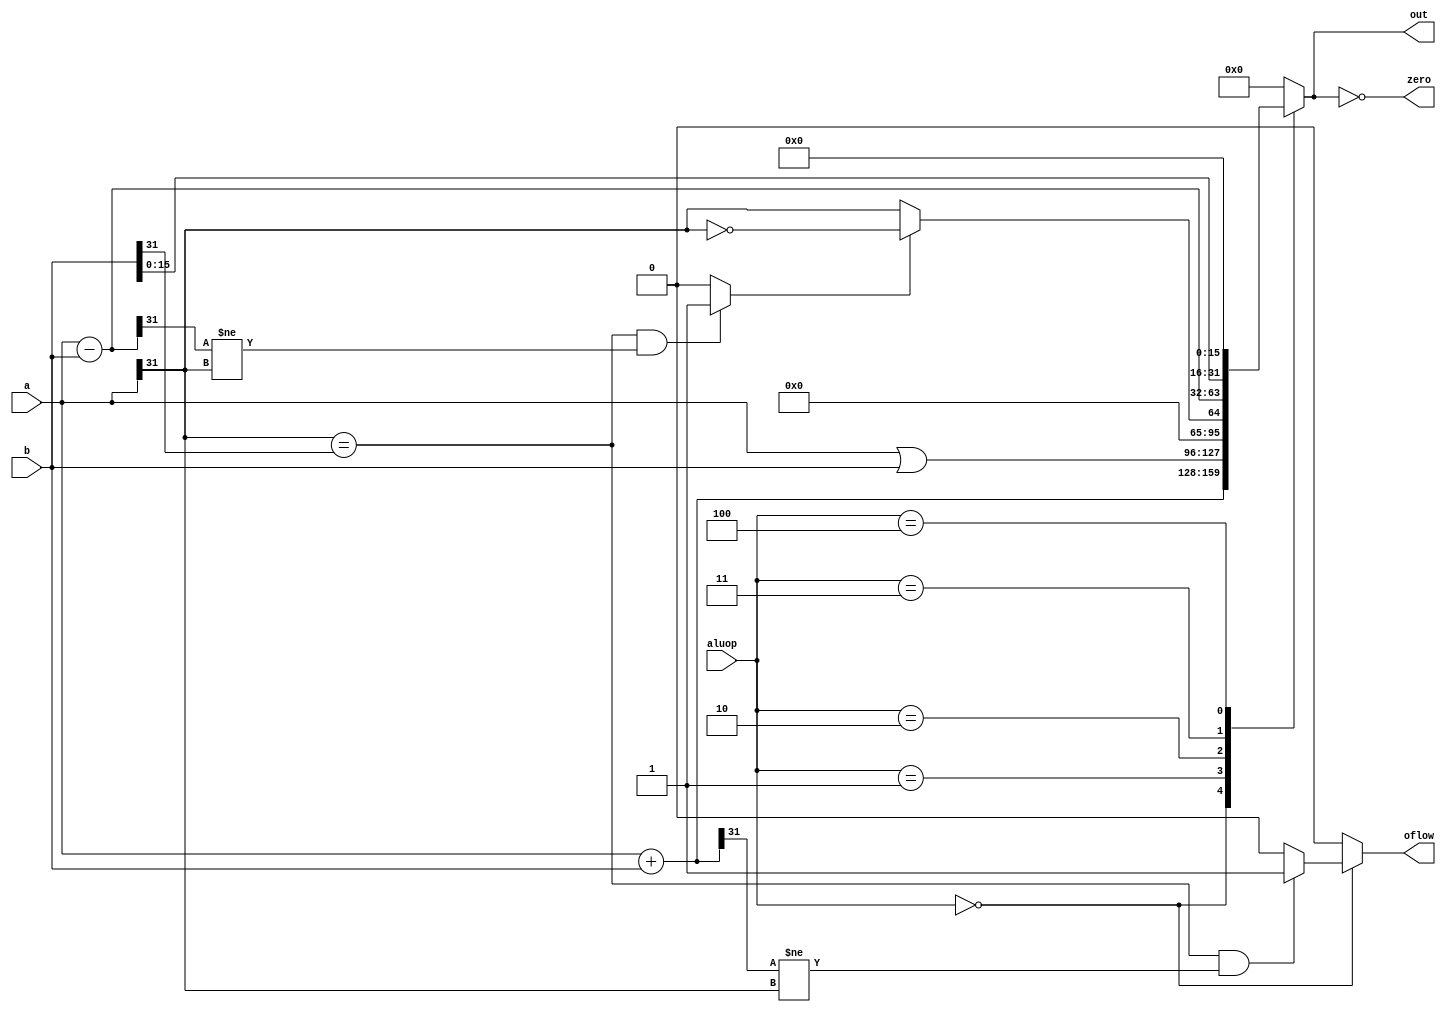
module alu(aluop,a,b,out,zero,oflow);
		input		[2:0]	aluop;
		input		[31:0]	a, b;
		output reg	[31:0]	out;
		output				zero;
    output oflow;
	wire [31:0] sub_ab;
	wire [31:0] add_ab;
	wire 		oflow_add;
	wire 		oflow_sub;
	wire 		oflow;
	wire 		slt;

	assign zero = (out == 0);

	assign sub_ab = a - b;
	assign add_ab = a + b;

	assign oflow_add = (a[31] == b[31] && add_ab[31] != a[31]) ? 1 : 0;
	assign oflow_sub = (a[31] == b[31] && sub_ab[31] != a[31]) ? 1 : 0;

	assign oflow = (aluop == 3'b000) ? oflow_add : 0;

	assign slt = oflow_sub ? ~(a[31]) : a[31];

	always @(*)begin
		case (aluop)//000:add 001:or 010:stl 011:sub 100:lui
			3'd0:  out <= add_ab;				/* add */
			3'd1:  out <= a | b;				/* or */
			3'd2:  out <= {{31{1'b0}}, slt};	/* slt */
			3'd3:  out <= sub_ab;				/* sub */
			3'd4:  out <= {b[15:0],16'b0};
			default: out <= 0;
		endcase
	end

endmodule